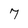
Character: 7